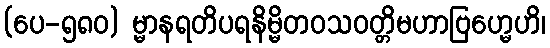
(ပေ-၅၈၀) မ္မာနရတိပရနိမ္မိတဝသဝတ္တိမဟာဗြဟ္မေဟိ၊